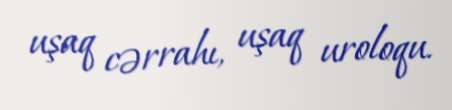
uşaq cərrahı, uşaq uroloqu.